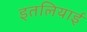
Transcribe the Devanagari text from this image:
इतलियाई